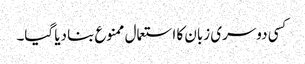
کسی دوسری زبان کا استعمال ممنوع بنا دیا گیا۔